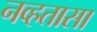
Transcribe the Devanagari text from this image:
नव्हतासा